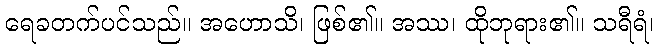
ရေခတက်ပင်သည်။ အဟောသိ၊ ဖြစ်၏။ အဿ၊ ထိုဘုရား၏။ သရီရံ၊